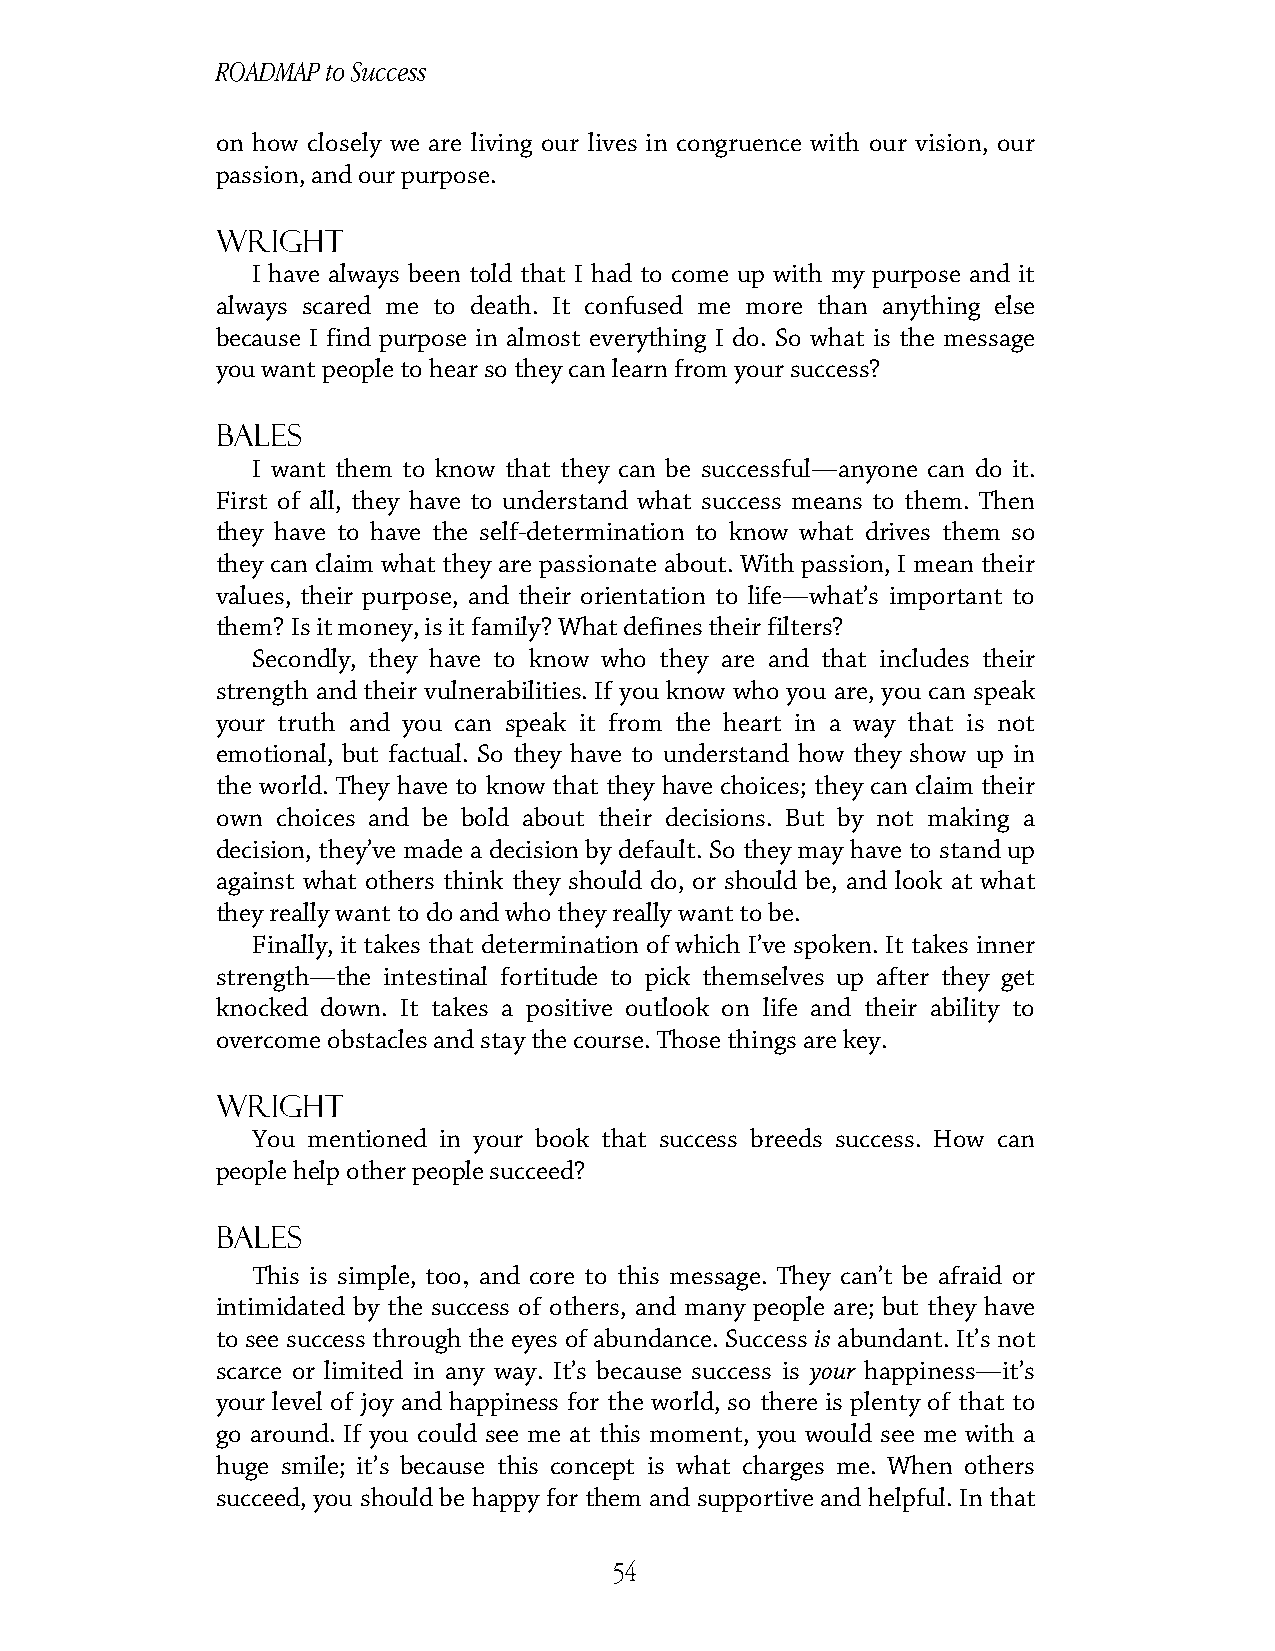
ROADMAP to Success
 on how closely we are living our lives in congruence with our vision, our
 passion, and our purpose.
 Wright
 I have always been told that I had to come up with my purpose and it
 always scared me to death. It confused me more than anything else
 because I find purpose in almost everything I do. So what is the message
 you want people to hear so they can learn from your success?
 Bales
 I want them to know that they can be successful—anyone can do it.
 First of all, they have to understand what success means to them. Then
 they have to have the self-determination to know what drives them so
 they can claim what they are passionate about. With passion, I mean their
 values, their purpose, and their orientation to life—what’s important to
 them? Is it money, is it family? What defines their filters?
 Secondly, they have to know who they are and that includes their
 strength and their vulnerabilities. If you know who you are, you can speak
 your truth and you can speak it from the heart in a way that is not
 emotional, but factual. So they have to understand how they show up in
 the world. They have to know that they have choices; they can claim their
 own choices and be bold about their decisions. But by not making a
 decision, they’ve made a decision by default. So they may have to stand up
 against what others think they should do, or should be, and look at what
 they really want to do and who they really want to be.
 Finally, it takes that determination of which I’ve spoken. It takes inner
 strength—the intestinal fortitude to pick themselves up after they get
 knocked down. It takes a positive outlook on life and their ability to
 overcome obstacles and stay the course. Those things are key.
 Wright
 You mentioned in your book that success breeds success. How can
 people help other people succeed?
 Bales
 This is simple, too, and core to this message. They can’t be afraid or
 intimidated by the success of others, and many people are; but they have
 to see success through the eyes of abundance. Success is abundant. It’s not
 scarce or limited in any way. It’s because success is your happiness—it’s
 your level of joy and happiness for the world, so there is plenty of that to
 go around. If you could see me at this moment, you would see me with a
 huge smile; it’s because this concept is what charges me. When others
 succeed, you should be happy for them and supportive and helpful. In that
 54